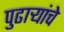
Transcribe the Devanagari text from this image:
पुढाऱ्यांचे